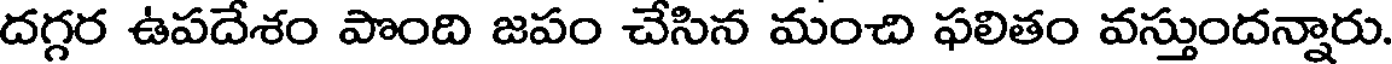
దగ్గర ఉపదేశం పొంది జపం చేసిన మంచి ఫలితం వస్తుందన్నారు